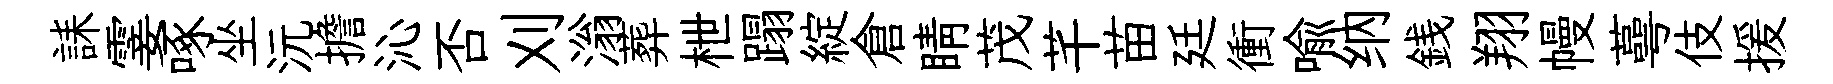
誄霎啄坐沅擔沁否刈滃葬枻蹋綻倉睛茂芊苗廷衝喻纳銭翔幔蕚伎援